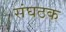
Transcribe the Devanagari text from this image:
संघठक